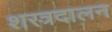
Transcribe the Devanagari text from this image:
शस्त्रदालन